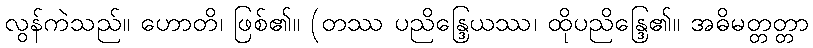
လွန်ကဲသည်။ ဟောတိ၊ ဖြစ်၏။ (တဿ ပညိန္ဒြေယဿ၊ ထိုပညိန္ဒြေ၏။ အဓိမတ္တတ္တာ